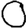
Digit: 0